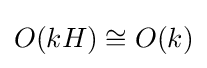
O(kH)\cong O(k)